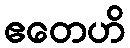
ဧတေဟိ